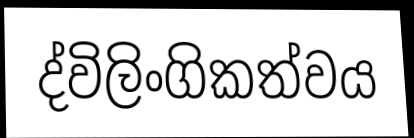
ද්විලිංගිකත්වය